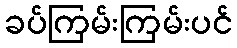
ခပ်ကြမ်းကြမ်းပင်